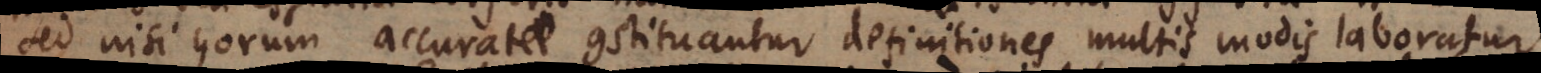
Sed nisi horum accurate constituantur definitiones multis modis laboratur.